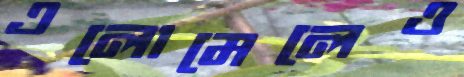
এলোমেলেও